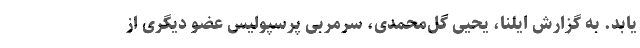
یابد. به گزارش ایلنا، یحیی گل‌محمدی، سرمربی پرسپولیس عضو دیگری از